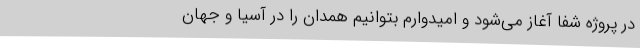
در پروژه شفا آغاز می‌شود و امیدوارم بتوانیم همدان را در آسیا و جهان